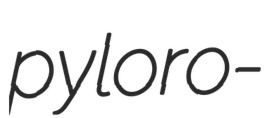
pyloro-